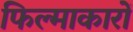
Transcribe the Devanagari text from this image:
फिल्माकारों